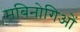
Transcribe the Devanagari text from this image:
मबिनोगिओं